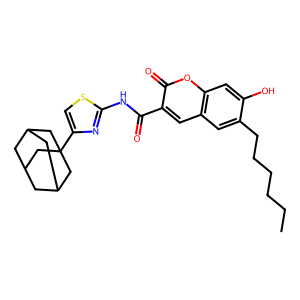
SMILES: CCCCCCc1cc2cc(C(=O)Nc3nc(C45CC6CC(CC(C6)C4)C5)cs3)c(=O)oc2cc1O
Inhibits HIV replication: No